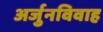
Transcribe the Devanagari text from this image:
अर्जुनविवाह